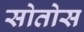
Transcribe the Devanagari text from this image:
सोतोस